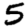
Digit: 5